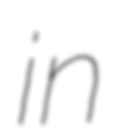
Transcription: in